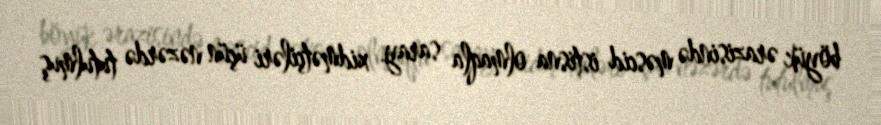
böyük ərazisində məscid istisna olmaqla saray xidmətçiləri üçün nəzərdə tutulmuş